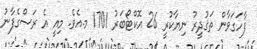
ފާހަގަވާން ތަޤުދީރު ނިޔާކުރީ 26 އޮކްޓޯބަރު 1701 މ.އެވެ. މިއީ އެ ރަސްގެފާނު